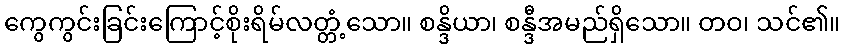
ကွေကွင်းခြင်းကြောင့်စိုးရိမ်လတ္တံ့သော။ စန္ဒိယာ၊ စန္ဒီအမည်ရှိသော။ တဝ၊ သင်၏။